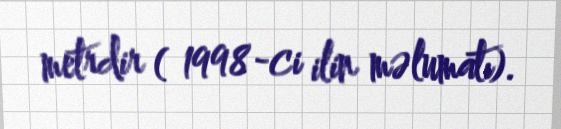
metrdir ( 1998-ci ilin məlumatı).